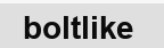
boltlike